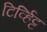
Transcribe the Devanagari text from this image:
टिर्व्हिट्ट